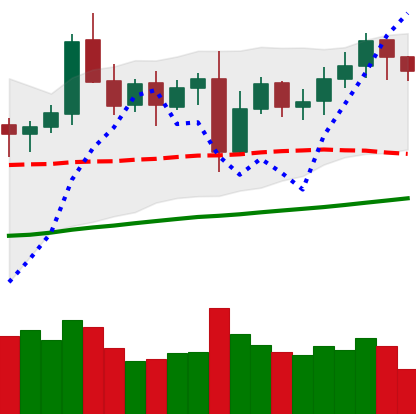
Ticker: LTC-USD
Chart end date: 2021-11-05
Forward return: 30.934%
Label: up_7plus